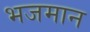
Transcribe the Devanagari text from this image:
भजमान